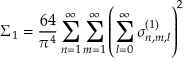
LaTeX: \Sigma _ { 1 } = \frac { 6 4 } { \pi ^ { 4 } } \sum _ { n = 1 } ^ { \infty } \sum _ { m = 1 } ^ { \infty } \left( \sum _ { l = 0 } ^ { \infty } \sigma _ { n , m , l } ^ { ( 1 ) } \right) ^ { 2 }